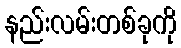
နည်းလမ်းတစ်ခုကို